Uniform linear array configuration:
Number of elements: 48
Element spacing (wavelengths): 0.25
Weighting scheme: hamming
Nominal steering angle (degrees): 30
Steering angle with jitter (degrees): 29.437
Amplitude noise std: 0.05
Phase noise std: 0.05

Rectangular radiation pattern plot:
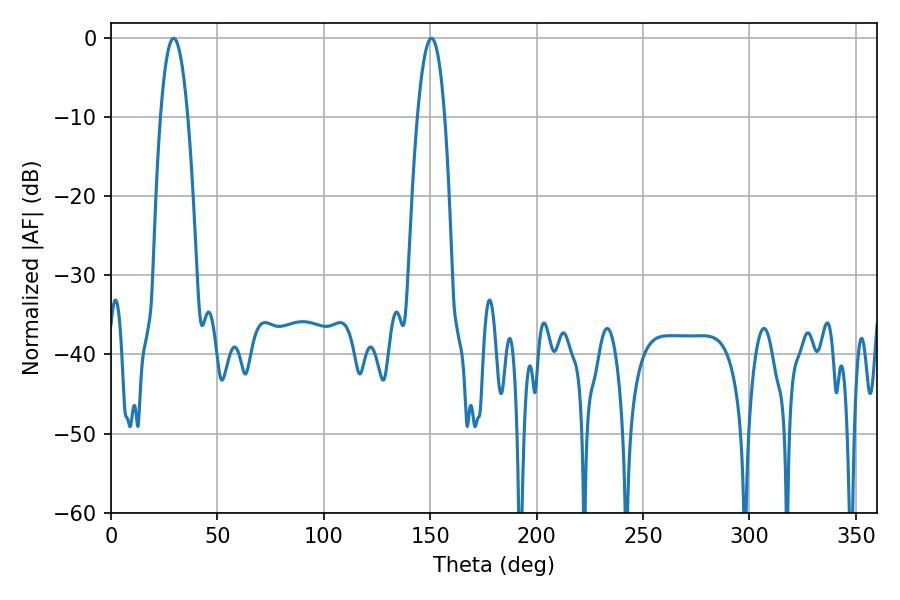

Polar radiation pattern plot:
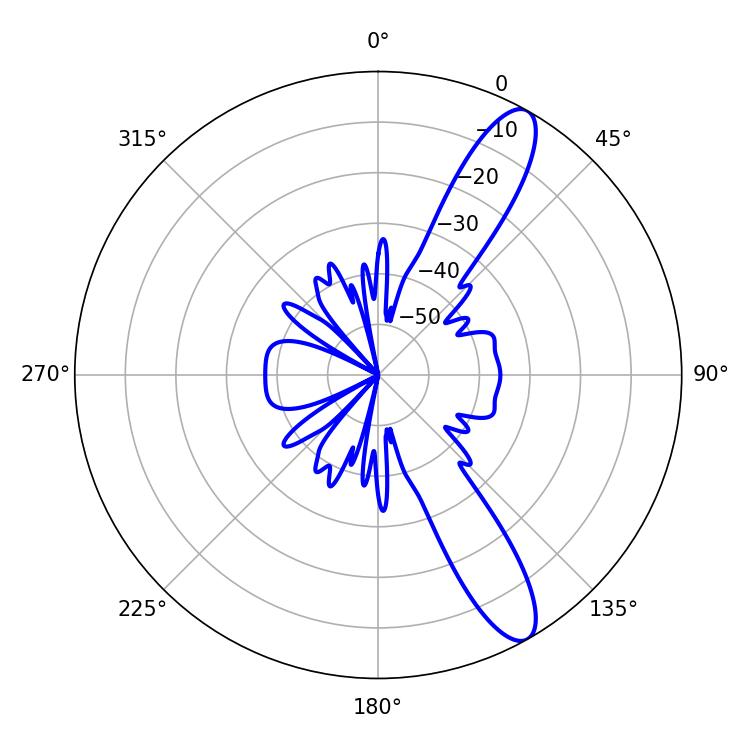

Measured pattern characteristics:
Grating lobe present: FALSE
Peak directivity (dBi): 11.827
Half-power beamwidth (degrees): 7.2
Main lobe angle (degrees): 29.34